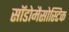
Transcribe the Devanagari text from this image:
सॉडोमैसोस्टिक